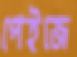
পেইজে